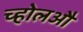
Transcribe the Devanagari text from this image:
च्होलऔ